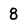
Character: 8